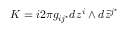
K = \o { i } { 2 \pi } g _ { i j ^ { \star } } d z ^ { i } \wedge d { \bar { z } } ^ { j ^ { \star } }